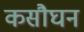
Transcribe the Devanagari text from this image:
कसौघन